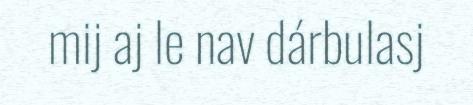
mij aj le nav dárbulasj